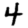
Digit: 4